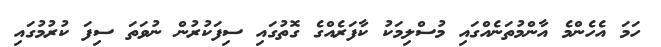
ހަމަ އެހެންމެ އާންމުތަނެއްގައި މުސްލިމަކު ކާފަރެއްގެ ގޮތުގަައި ސިފަކުރުން ނުވަތަ ސިފަ ކުރުމުގައި